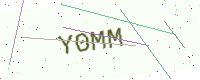
Text: Y0MM